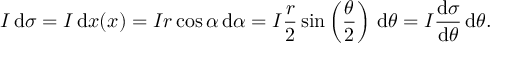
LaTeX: I \, \mathrm { d } \sigma = I \, \mathrm { d } x ( x ) = I r \cos \alpha \, \mathrm { d } \alpha = I { \frac { r } { 2 } } \sin \left( { \frac { \theta } { 2 } } \right) \, \mathrm { d } \theta = I { \frac { \mathrm { d } \sigma } { \mathrm { d } \theta } } \, \mathrm { d } \theta .